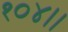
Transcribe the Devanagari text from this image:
१०४।।